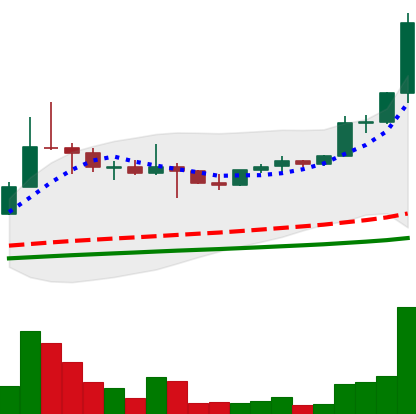
Ticker: ETC-USD
Chart end date: 2021-05-04
Forward return: 68.909%
Label: up_7plus